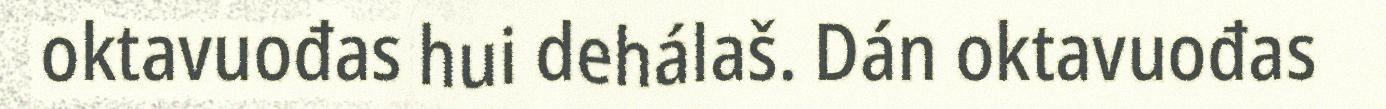
oktavuođas hui dehálaš. Dán oktavuođas